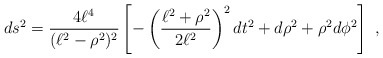
\begin{align*}ds^2 = \frac{4\ell^4}{(\ell^2 -\rho^2)^2} \left[ -\left( \frac{\ell^2 + \rho^2}{2 \ell^2} \right)^2 dt^2 + d\rho^2 + \rho^2 d \phi^2 \right] \ ,\end{align*}